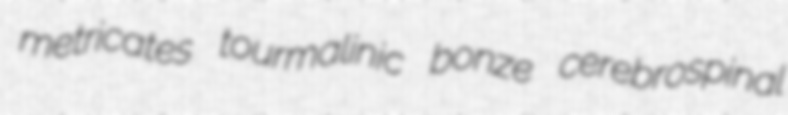
metricates tourmalinic bonze cerebrospinal